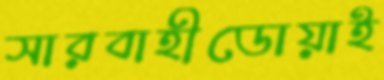
সারবাহীডোয়াই